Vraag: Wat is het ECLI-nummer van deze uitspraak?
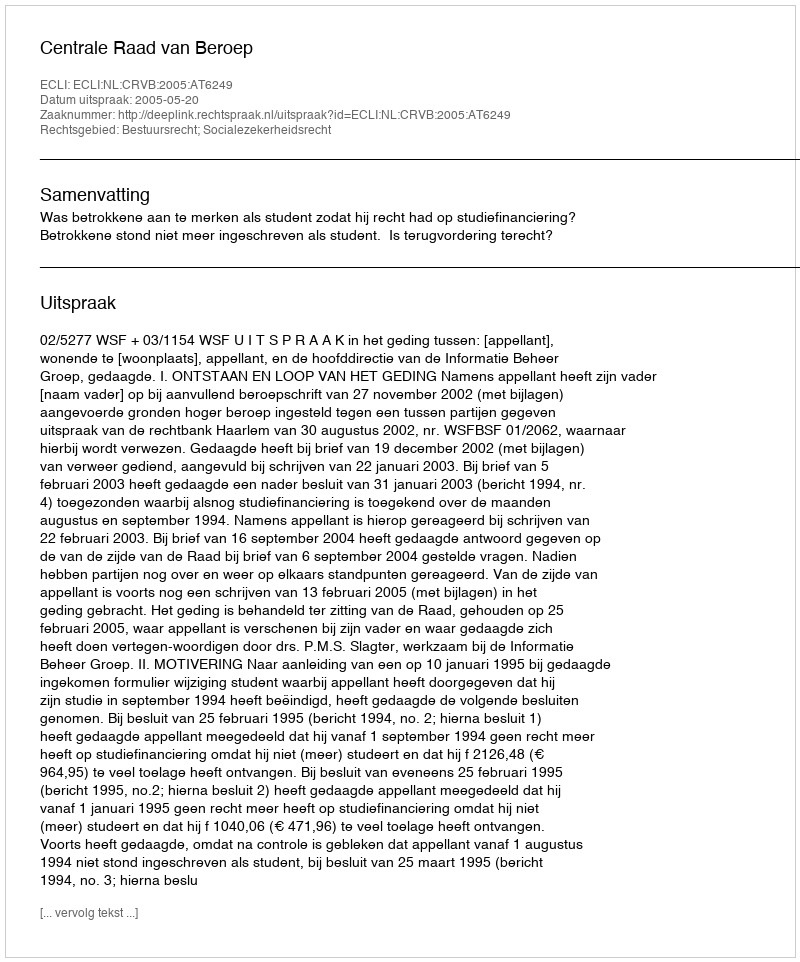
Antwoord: ECLI:NL:CRVB:2005:AT6249